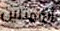
الممثلين